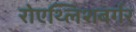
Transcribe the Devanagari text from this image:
रोएथ्लिशबर्गर